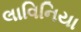
લાવિનિયા